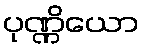
ပုဏ္ဏိယော